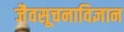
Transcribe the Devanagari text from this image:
जैवसूचनाविज्ञान